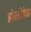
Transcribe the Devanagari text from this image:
होलोडेक